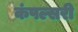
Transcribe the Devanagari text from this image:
कंपल्सरी